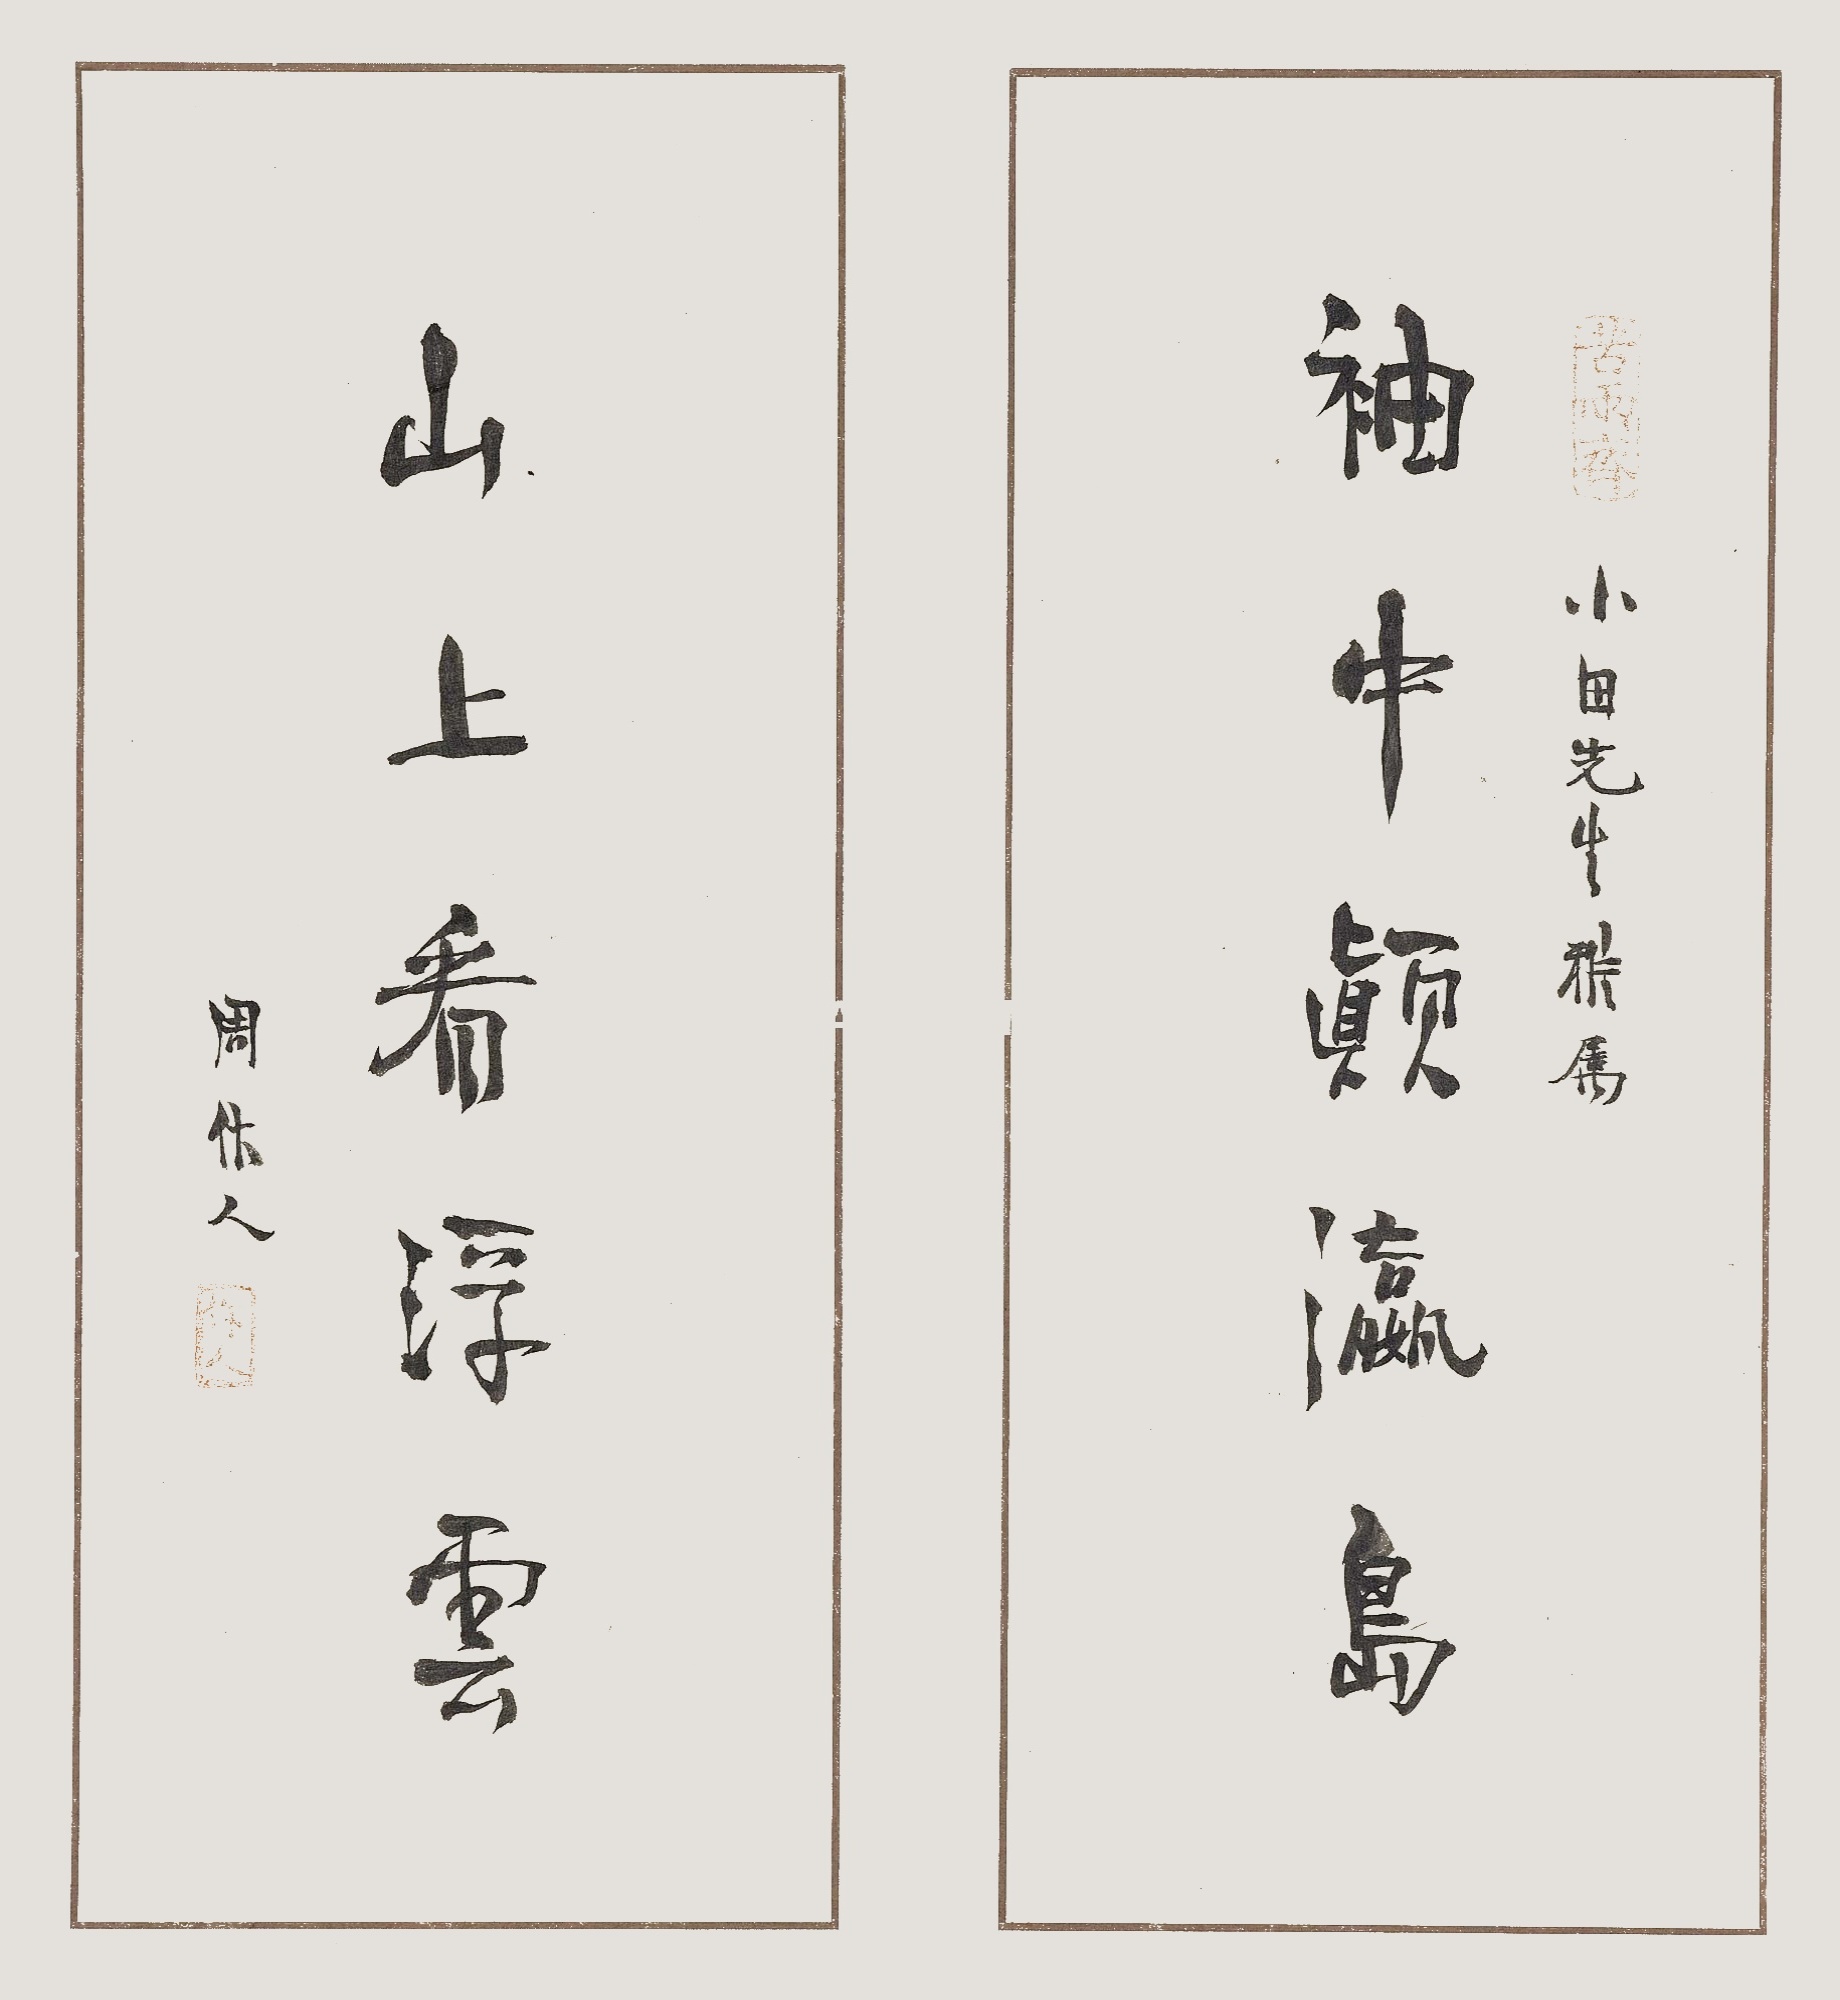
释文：袖中颠瀛岛，山上看浮云。小田先生雅属，周作人。